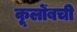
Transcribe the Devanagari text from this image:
कूलोंबची